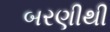
બરણીથી